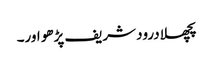
پچھلا درود شریف پڑھو اور۔